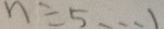
n \div 5 \cdots 1